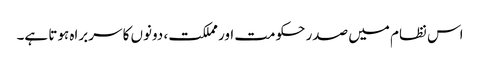
اس نظام میں صدر حکومت اور مملکت، دونوں کا سربراہ ہوتا ہے۔